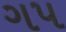
ગપ